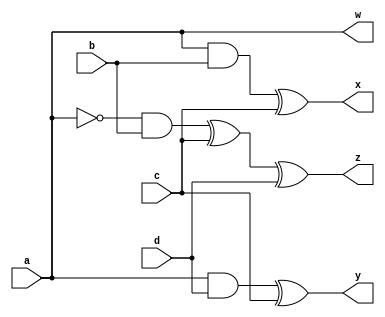
`timescale 1ns / 1ps
//////////////////////////////////////////////////////////////////////////////////
// Company: 
// Engineer: 
// 
// Design Name: 
// Module Name: bme_gate
// Project Name: 
// Target Devices: 
// Tool Versions: 
// Description: 
// 
// Dependencies: 
// 
// Revision:
// Revision 0.01 - File Created
// Additional Comments:
// 
//////////////////////////////////////////////////////////////////////////////////


module bme_gate(
    input a,b,c,d,
    output w,x,y,z
    );
    assign w = a;
    assign x = (a&b)^c;
    assign y = (a&d)^c;
    assign z = (~a&b)^c^d;
endmodule